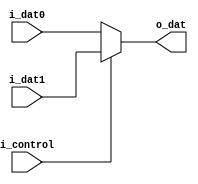
module mux2in1 #(parameter WIDTH = 32)
(
    i_dat0,
    i_dat1,
    i_control,
    o_dat
    );

    

    input   [WIDTH-1:0]   i_dat0, i_dat1;
    input                 i_control;
    output  [WIDTH-1:0]   o_dat;

    assign o_dat =  (i_control)? i_dat1 : i_dat0;




endmodule